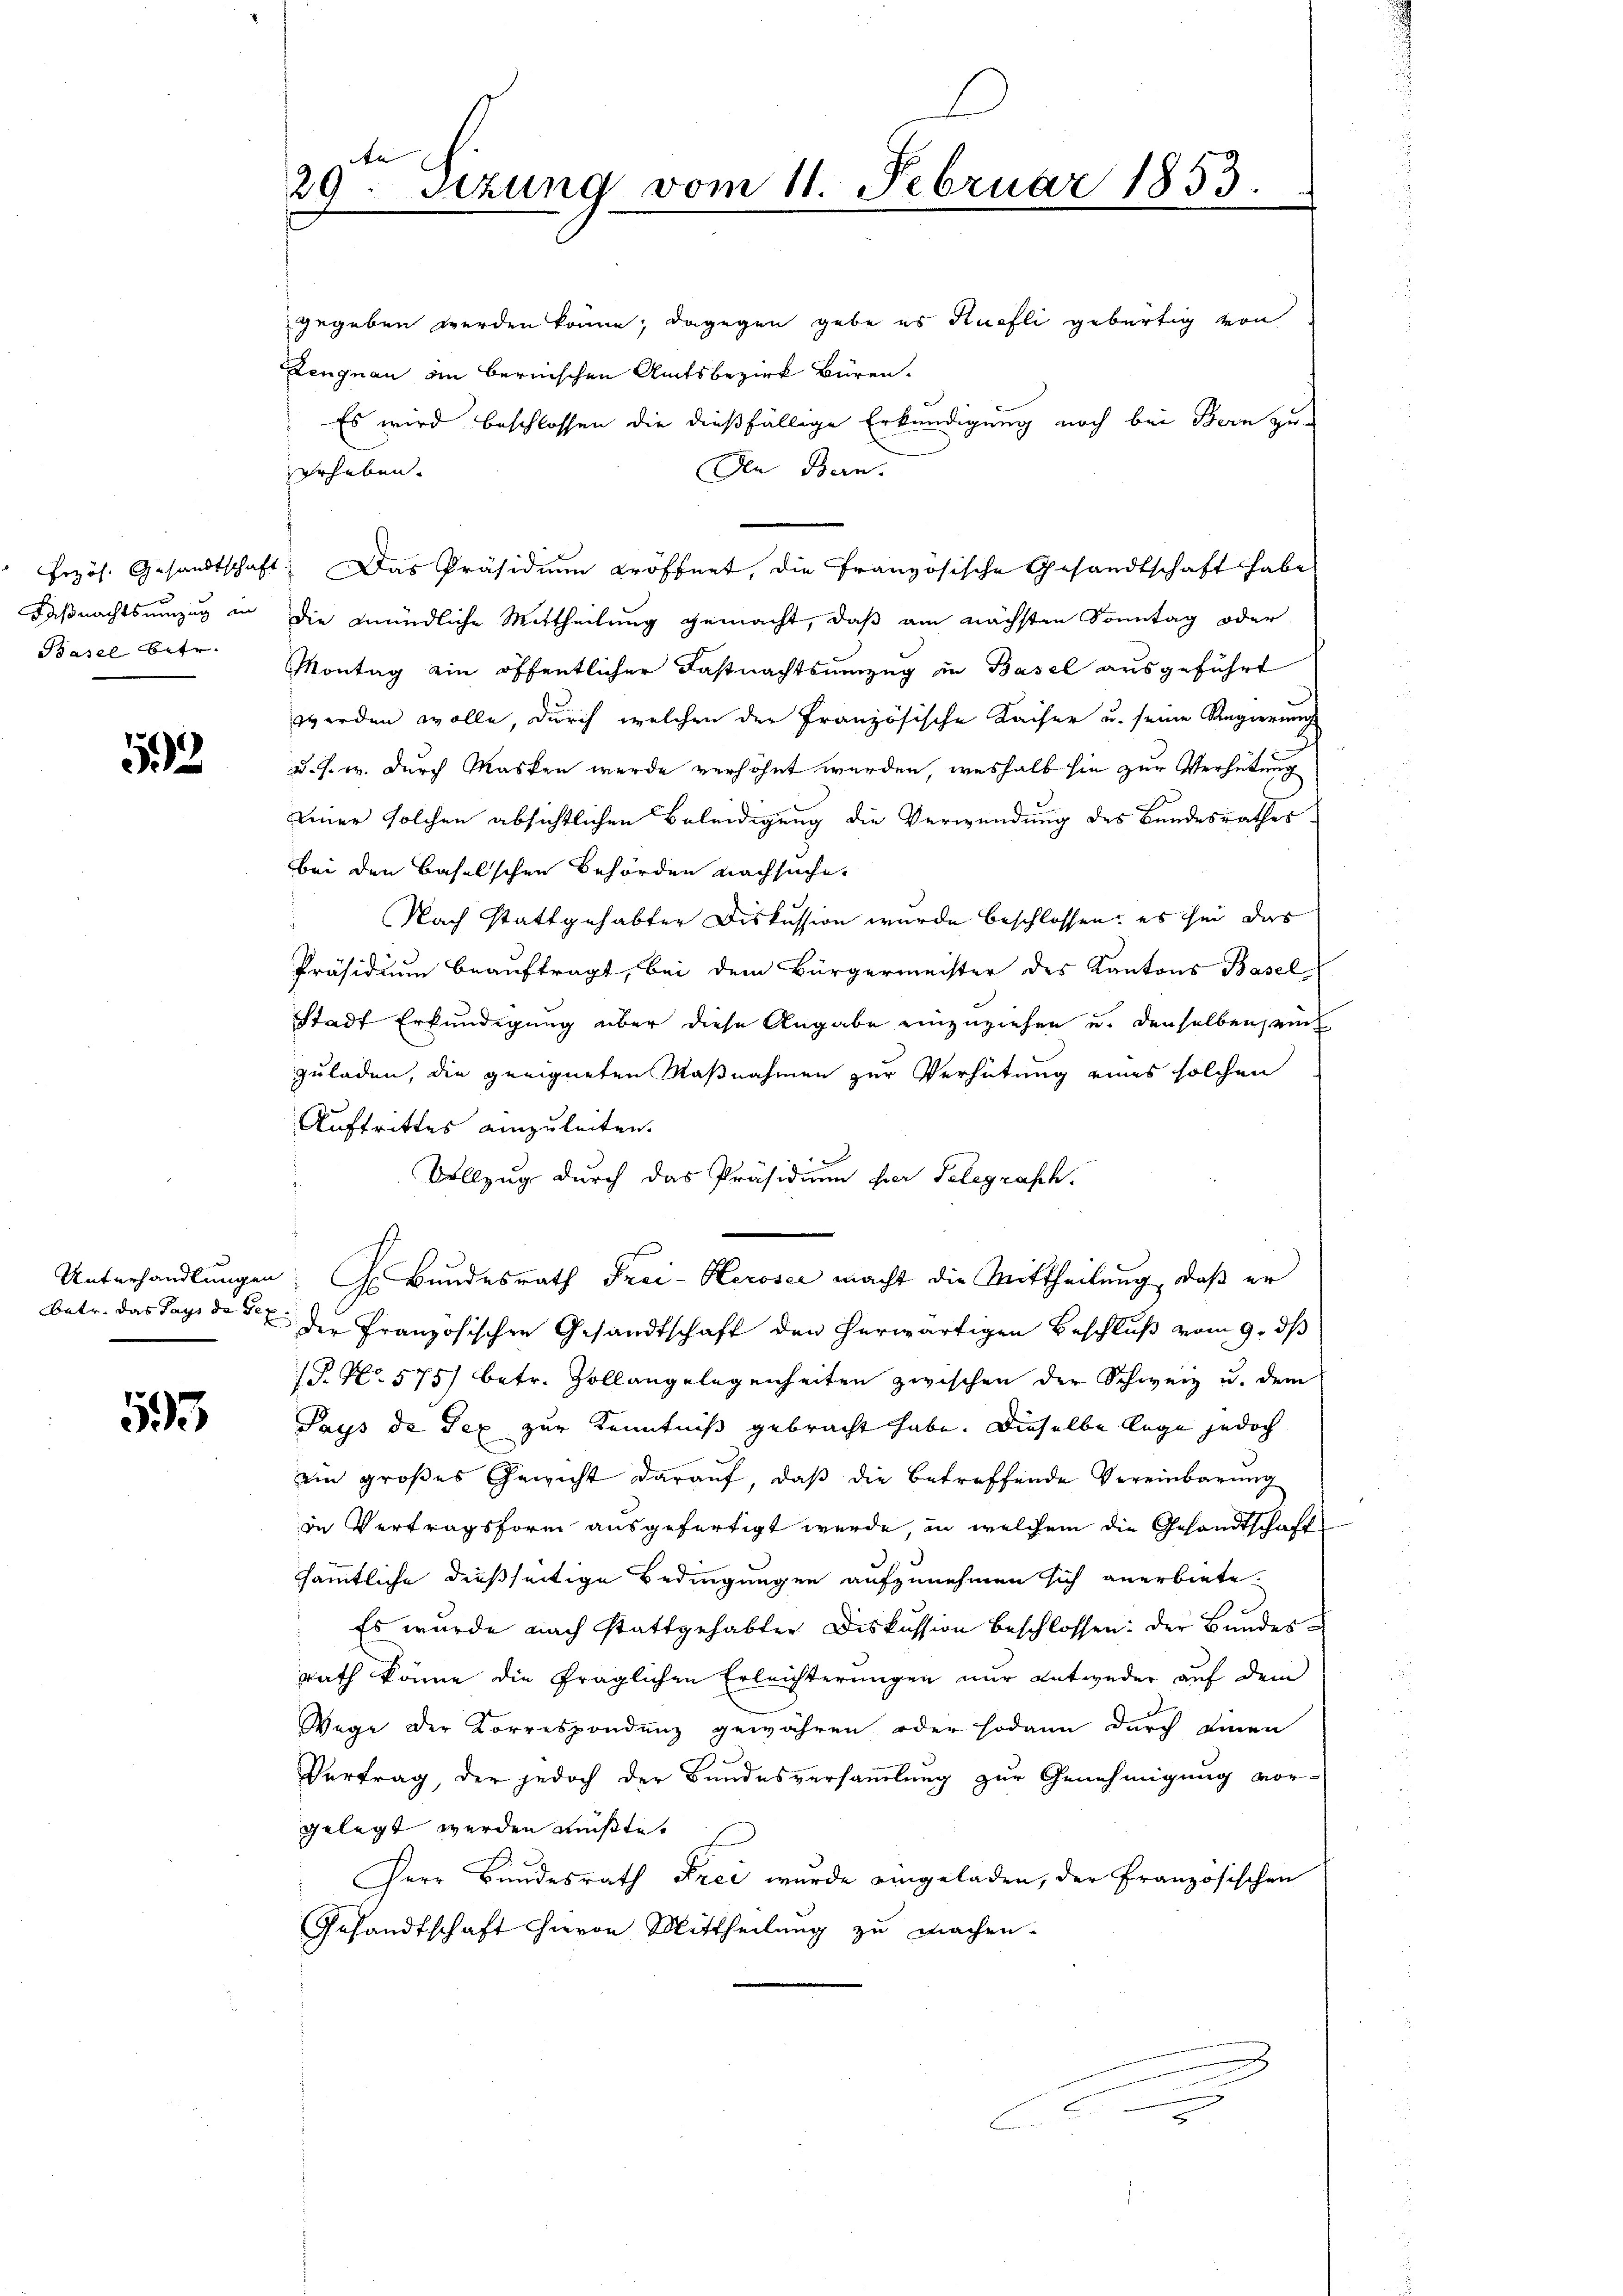
Basel betr.

53

batr. das Pays de sex

593

29. Setzung vom 11. Februar 1853.

gegeben werden könne; dagegen gebe es Kuchli gebürtig von
Zengnau an bernischen Amtsbezirk Büren.
Es wird beschlossen die dießfällige Erkundigung noch bei Bern zu-
Den Bern.
erheben.
Frzös. Gesandtschaft. Das Präsidium eröffnet, die französische Gesandtschaft habe
Faßnachtsumzug in die mündliche Mittheilung gemacht, daß am nächsten Sonntag oder
Montag ein öffentlicher Fastnachtsumzug in Basel ausgeführt
werden wolle, durch welchen der Französische Kaiser u. seine Regierung
u. s. w. durch Masken werde verhöhnt werden, weshalb sie zur Verhütung
einer solchen absichtlichen Beleidigung die Verwendung des Bundesrathes
bei den Baselschen Behörden nachsuche.
Nach stattgehabter Diskussion wurde beschlossen, es sei das
Präsidium beauftragt, bei dem Bürgermeister des Kantons Basel
Stadt Erkundigung über diese Angabe einzuziehen u. denselben sein
zuladen, die geeigneten Maßnahmen zur Verhütung eines solchen
Auftrittes anzuleiten.
Vollzug durch das Präsidium hier Telegrasch.
Unterhandlungen, Hr. Bundesrath Frei-Keroser macht die Mittheilung, daß er
der französischen Gesandtschaft den herwärtigen Beschluß vom 9. ds
(P. Nr. 575) betr. Zollangelegenheiten zwischen der Schweiz u. dem
Pays de Tex zur Kenntniß gebracht habe. Dieselbe lege jedoch
ein großes Gewicht darauf, daß die betreffende Vereinbarung
in Vertragsform ausgefertigt werde, in welchem die Gesandtschaft
sämmtliche dießseitige Bedingungen aufzunehmen sich anerbiete.
.
Es wurde nach stattgehabter Diskussion beschlossen: der Bundesrath könne die fraglichen Erleichterungen nur entweder auf dem
Wege der Korrespondenz gewähren oder sodann durch einen
1
Vertrag, der jedoch der Bundesversammlung zur Genehmigung vor-
gelegt werden müßte.
Herr Bundesrath Frei wurde eingeladen, der Französischen
Gesandtschaft hievon Mittheilung zu machen.
f